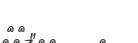
٥٨